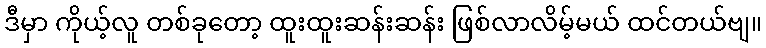
ဒီမှာ ကိုယ့်လူ တစ်ခုတော့ ထူးထူးဆန်းဆန်း ဖြစ်လာလိမ့်မယ် ထင်တယ်ဗျ။